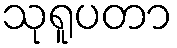
သုရူပတာ